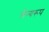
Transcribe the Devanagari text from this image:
सैन्यरूप